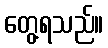
တွေ့ရသည်။